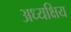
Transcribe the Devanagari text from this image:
अध्यक्षिय